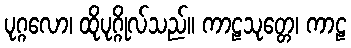
ပုဂ္ဂလော၊ ထိုပုဂ္ဂိုလ်သည်။ ကာဠသုတ္တေ၊ ကာဠ